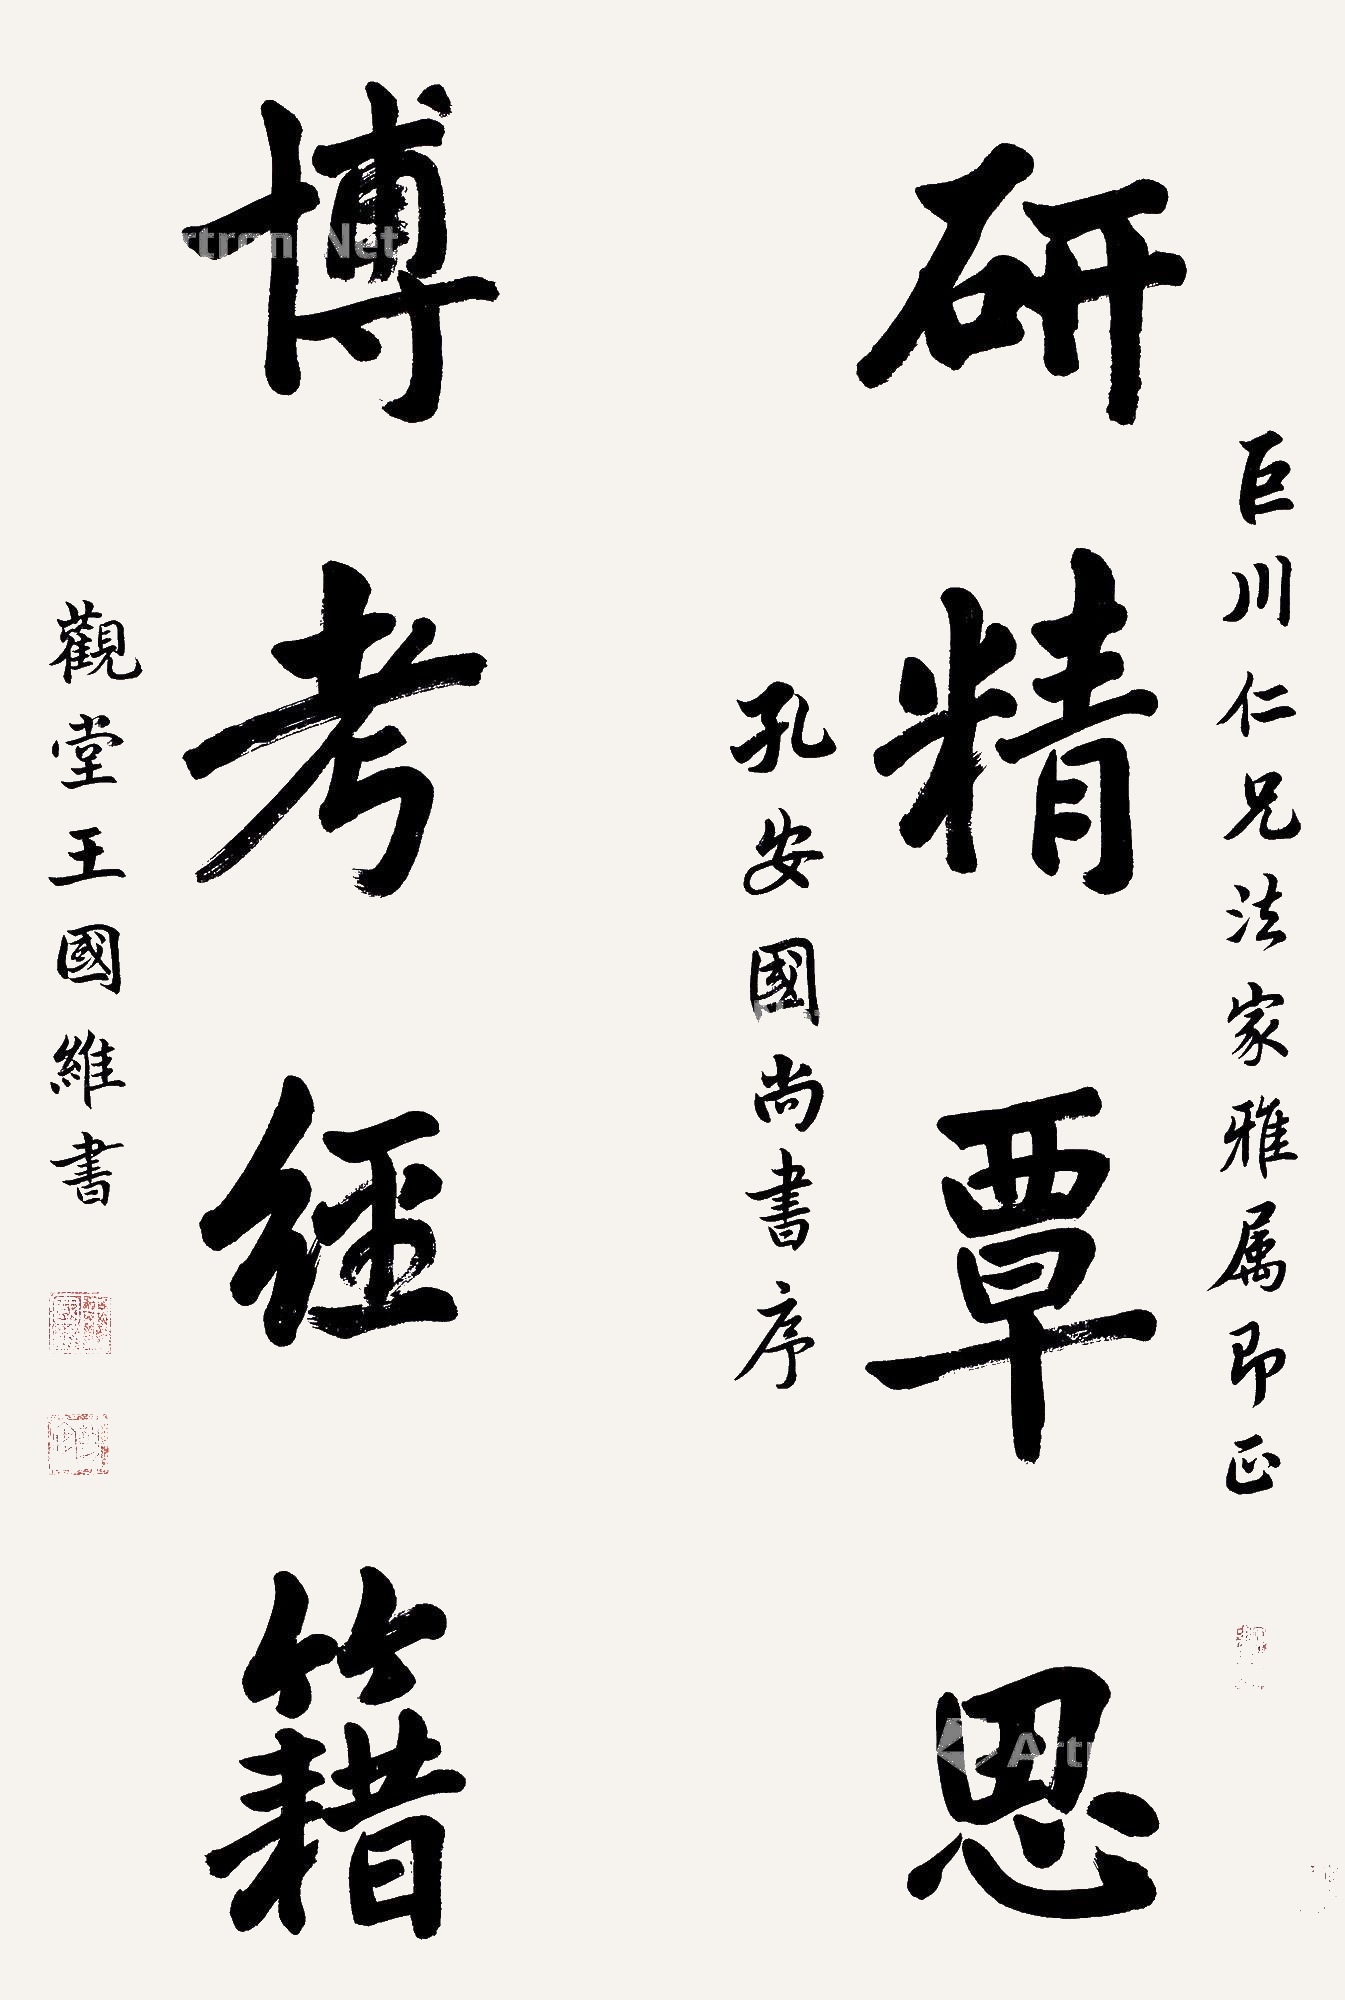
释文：研精覃思，博考经籍。巨川仁兄法家雅属即正，孔安国尚书序，观堂王国维书。